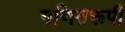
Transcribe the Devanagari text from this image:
गणितरूपी